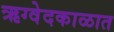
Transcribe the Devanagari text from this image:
ऋग्वेदकाळात